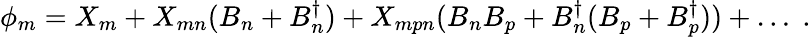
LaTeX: \phi_{m}=X_{m}+X_{mn}(B_{n}+B_{n}^{\dagger})+X_{mpn}(B_{n}B_{p}+B_{n}^{\dagger}(B_{p}+B_{p}^{\dagger}))+\ldots\; .